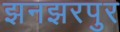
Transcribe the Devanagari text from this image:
झनझरपुर